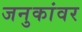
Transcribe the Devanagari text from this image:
जनुकांवर